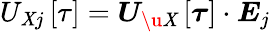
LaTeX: U_{\mathit{X}j}\left[\tau\right]=\boldsymbol{U}_{\u{{\mathit{X}}}}\left[\boldsymbol{\tau}\right]\cdot\boldsymbol{E}_{j}